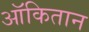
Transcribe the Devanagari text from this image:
ऑकितान